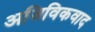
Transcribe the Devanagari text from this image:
अजिविकवाद